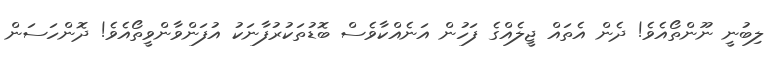
ލިބުނީ ނޫންތޯއެވެ! ދެން އެތައް ޖީލެއްގެ ފަހުން އަނެއްކާވެސް ބޮޑުތަކުރުފާނަކު އުފަންވާންވީތޯއެވެ! ދޮންހަސަން